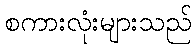
စကားလုံးများသည်